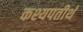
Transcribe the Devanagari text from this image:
कश्यपतीर्थ